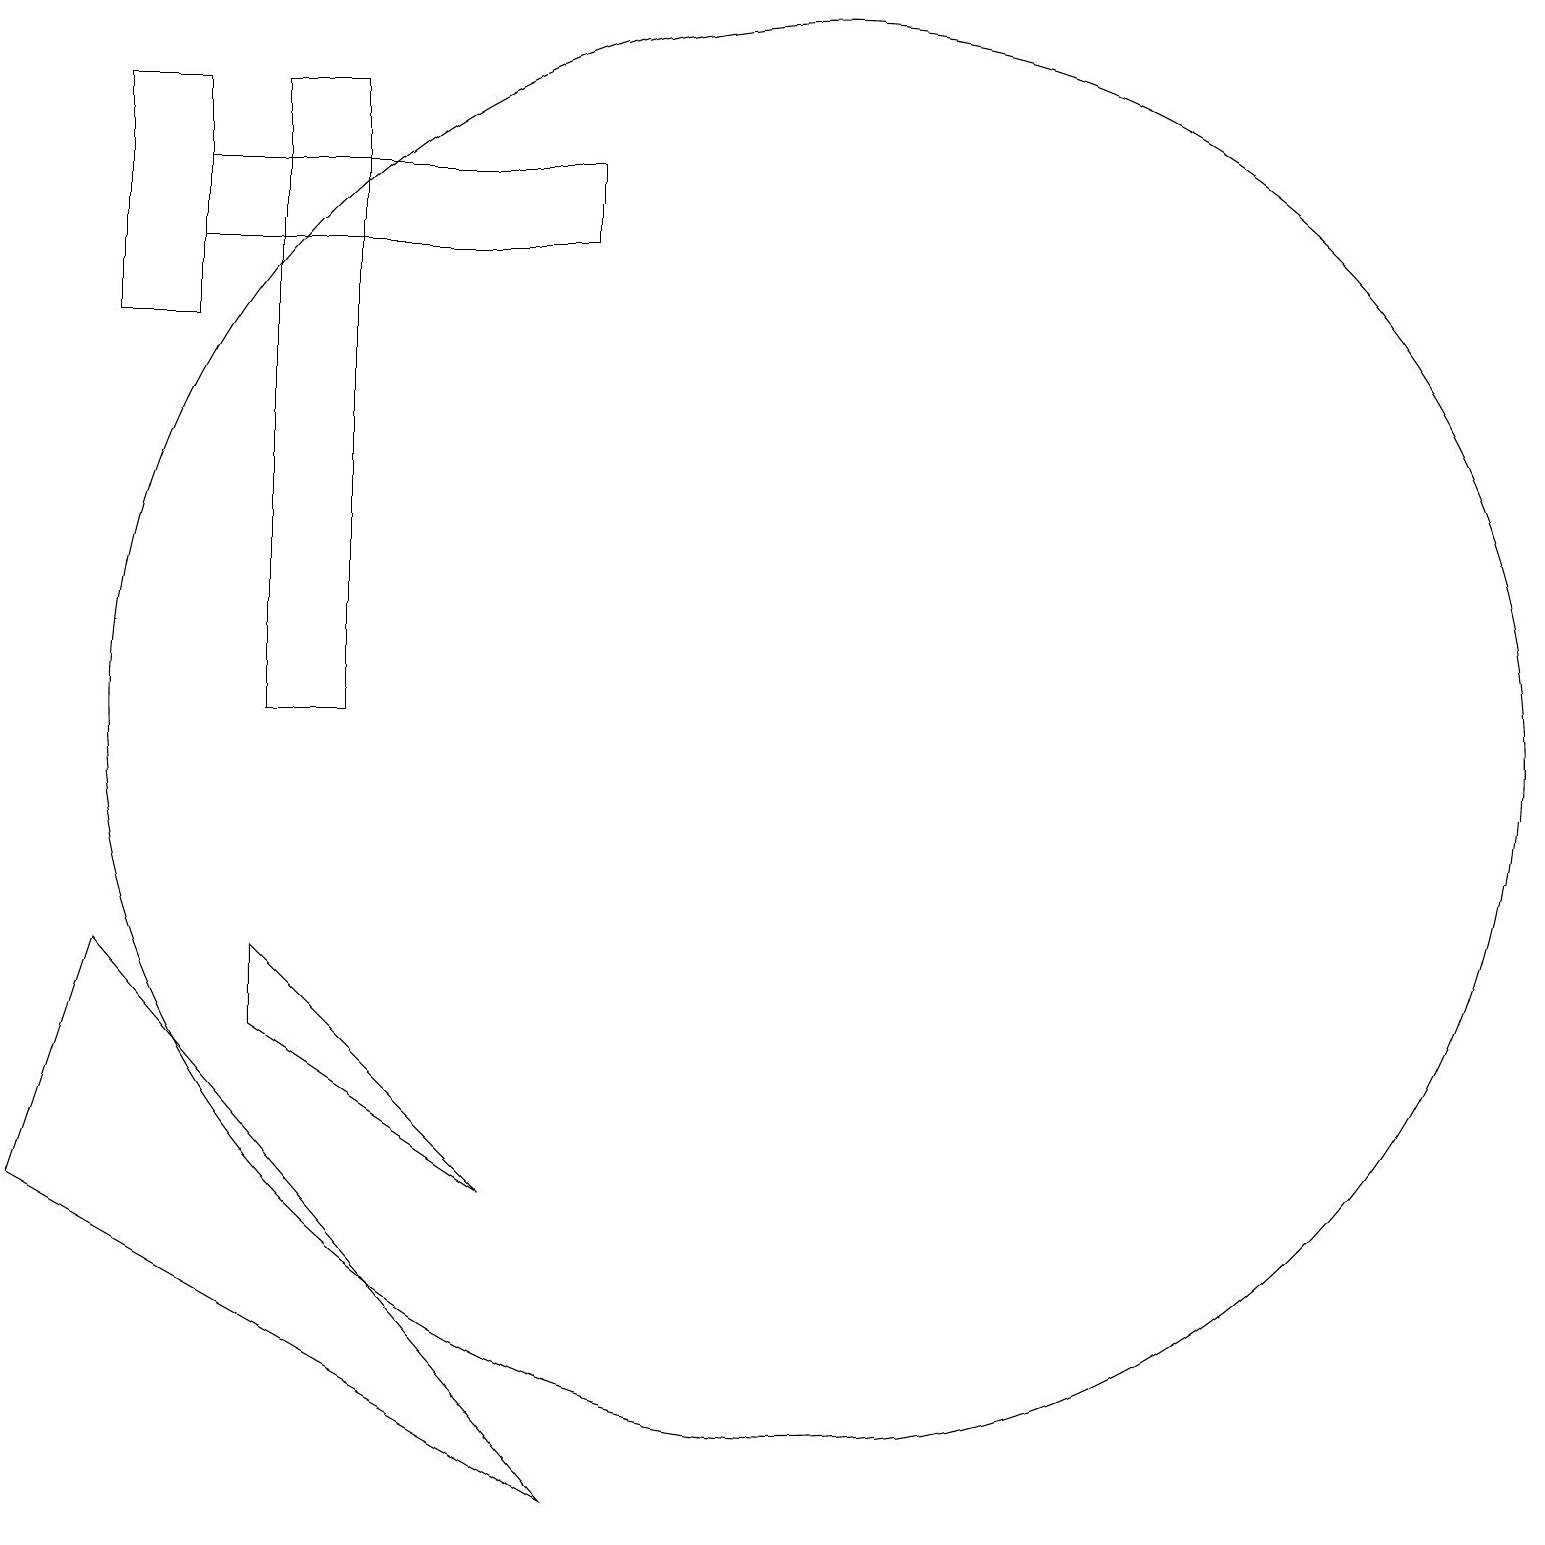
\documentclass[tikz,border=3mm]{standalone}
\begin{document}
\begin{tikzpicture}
\draw (4,17) rectangle (9,16);
\draw (4,15) rectangle (3,18);
\draw (5,6) -- (8,4) -- (5,7) -- cycle;
\draw (12,10) circle (9);
\draw (9,0) -- (3,7) -- (2,4) -- cycle;
\draw (5,18) rectangle (6,10);
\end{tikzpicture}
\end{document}